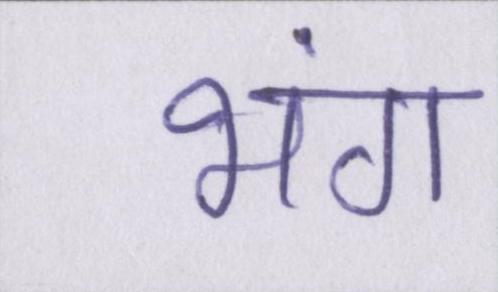
भंग